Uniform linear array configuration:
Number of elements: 32
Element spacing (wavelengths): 0.5
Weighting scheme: uniform
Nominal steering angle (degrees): -30
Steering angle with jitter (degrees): -30.116
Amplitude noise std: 0.05
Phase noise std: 0.05

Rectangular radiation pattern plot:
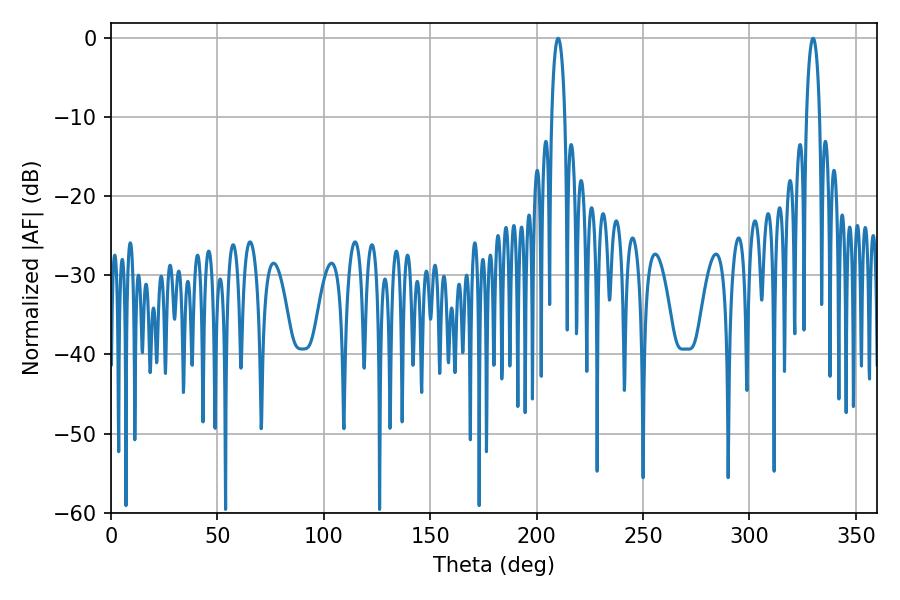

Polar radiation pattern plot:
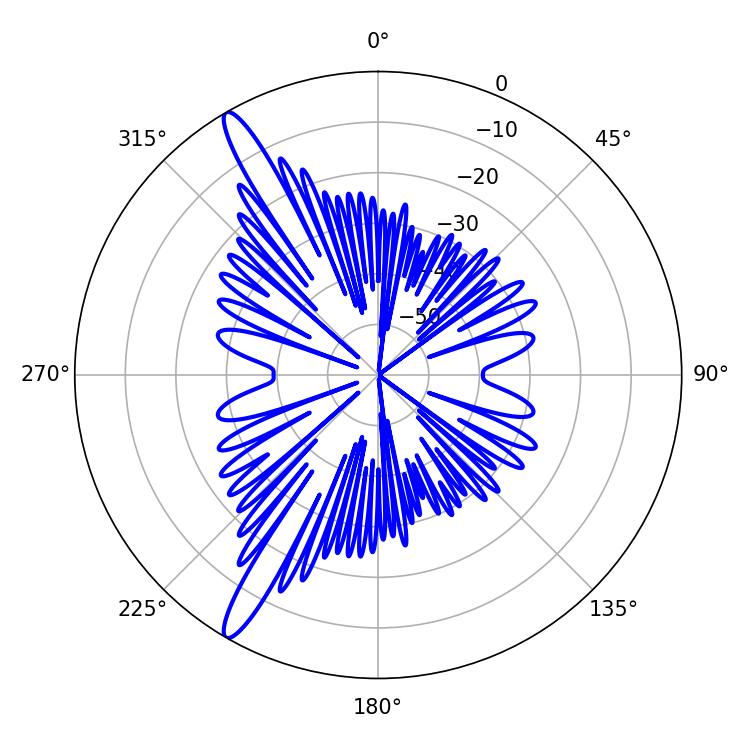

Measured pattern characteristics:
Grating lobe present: FALSE
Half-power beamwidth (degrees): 3.42
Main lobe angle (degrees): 210.06